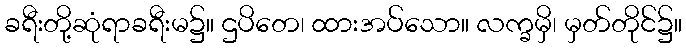
ခရီးတို့ဆုံရာခရီးမ၌။ ဌပိတေ၊ ထားအပ်သော။ လက္ခမှိ၊ မှတ်တိုင်၌။